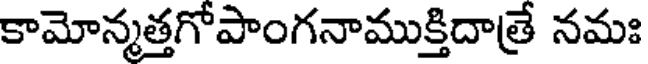
కామోన్మత్తగోపాంగనాముక్తిదాత్రే నమః